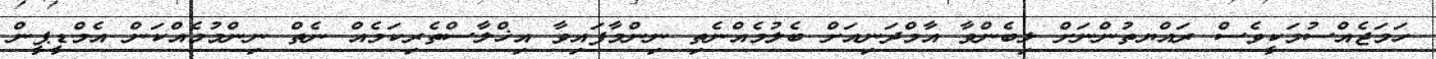
ހަމަޖެއްސުމަކީވެސް ރައްޔތުންނަށް ލިބެންވާ އާމްދަނިއަށް ބެލުމެއްނެތި ނިންމާފައިވާ އިޚްލާސްތެރިކަމެއް ނެތް ނިންމުމެއްކަން އެމްޑީޕީން